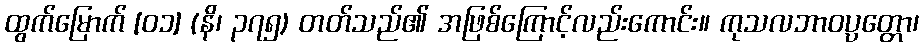
ထွက်မြောက် [၀၁] (နိ၊ ၃၇၅) တတ်သည်၏ အဖြစ်ကြောင့်လည်းကောင်း။ ကုသလဘာဝပ္ပတ္တော၊